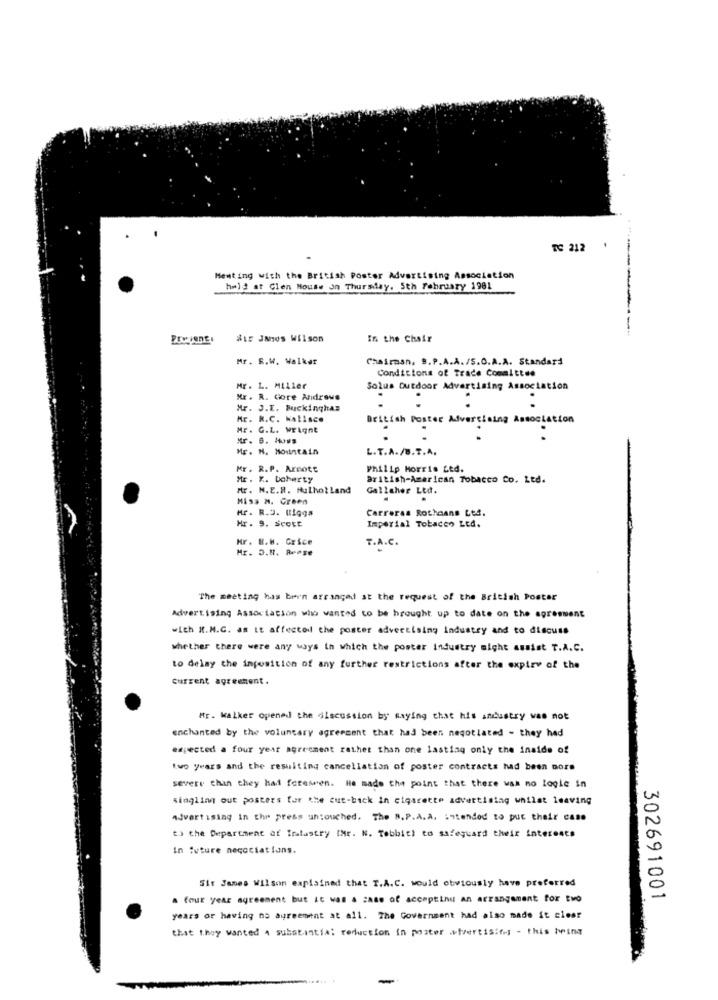
TC 212
Meeting with the British Poster Advertising Association
hmld at Glen Mouse on Thursday. 5th February 1981
#LE JNUS Wilson
In the Chair
Mr. R.W. Walker
Chairman, 9.P.A.A./S.O.A.A. Standard
Conditions of Trade Committee
Mr. L. Miller
Solus Outdoor Advertising Association
Mr . R. Core Androwe
Mr. J.I. Fuckinghas
Mr. R.C. Wallace
British Poster Advertising Association
Mr. G.L. Wright
Mr. N. Mountain
L.T.A./B.T.A.
Mr. R.P. Arnott
Philip Morris Led.
Mr . F. Doherty
British-American Tobacco Co. Ltd.
Mr. N. E.R. Mulholland
Gallaher Ltd.
Miss H. Green
Hr. R.O. Ulqgs
Carreras Rothaans Ltd.
Hr. 9. Scott
Imperial Tobacco Ltd.
Kr. B.W. Grice
T.A.C.
Mr. D.H. Rease
The meeting has been arranged at the request of the British Poster
Advertising Association who wanted to be brought up to date on the agreement
with H.M.G. as it affected the poster advertising industry and to discuss
whether there were any ways in which the poster industry might assist T.A.C.
to delay the inposition of any further restrictions after the expiry of the
current agreement.
Mr. kalker opened the discussion by saying that his andustry was not
enchanted by the voluntary agrescent that had been negotiated - they had
expected a four year agreement rather than one lastlag only the inside of
two years and the resulting cancellation of poster contracts had been nore
severe chan they had Screen. He made the point that there was no logie in
Ringling out posters for the cut-back in cigarette advertising whilst leaving
Advertising in the press untouched. The B.P.A.A. Intended to put their case
to the Department of Imlastry IMr. N. Tebbit) to safeguard their interests
in future negociations.
Sir James Wilson explained that T.A.C. would obviously have preferred
a four year agreement but it was a case of acceptinu an arrangement for two
302691001
years or having no agreement at all. The Government had also made it clear
that they wanted a substantial reduction in poster atvertising - this being
-